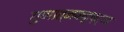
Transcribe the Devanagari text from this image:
गुणात्मकदृष्ट्या